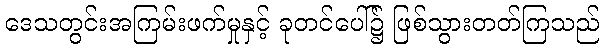
ဒေသတွင်းအကြမ်းဖက်မှုနှင့် ခုတင်ပေါ်၌ ဖြစ်သွားတတ်ကြသည်